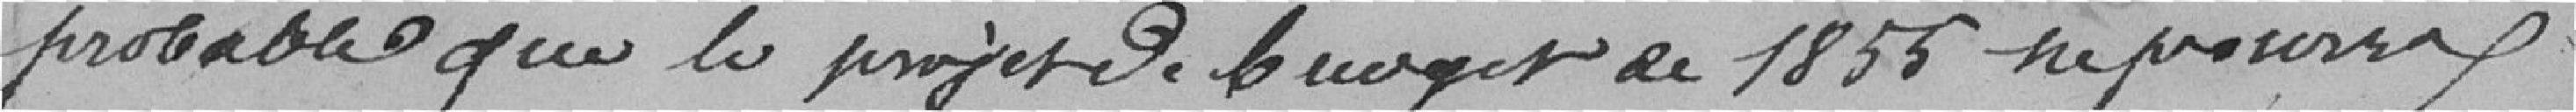
probable que le projet de budget de 1855 ne pourra